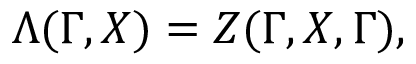
\Lambda ( \Gamma , X ) = Z ( \Gamma , X , \Gamma ) ,